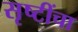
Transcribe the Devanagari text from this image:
सृष्टींचा